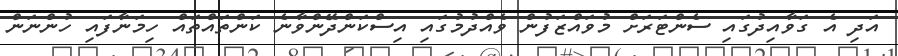
އަދި އެ ގަވާއިދުގައި ސެންޓަރަށް މުވައްޒަފުން ވެއްދުމުގައި އިސްކަންދޭންވާނެ ކަންތައްތައް ހިމަނާފައި ހުންނަން